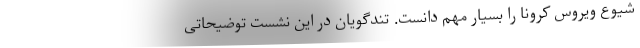
شیوع ویروس کرونا را بسیار مهم دانست. تندگویان در این نشست توضیحاتی